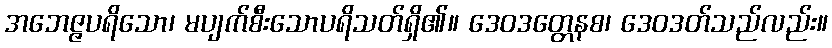
အဘေဇ္ဇပရိသော၊ မပျက်စီးသောပရိသတ်ရှိ၏။ ဒေဝဒတ္တေနစ၊ ဒေဝဒတ်သည်လည်း။